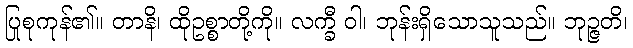
ပြုစုကုန်၏။ တာနိ၊ ထိုဥစ္စာတို့ကို။ လက္ခီ ဝါ၊ ဘုန်းရှိသောသူသည်။ ဘုဉ္ဇတိ၊